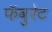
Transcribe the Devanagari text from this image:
फॅवुरेट